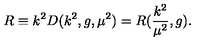
R \equiv k ^ { 2 } D ( k ^ { 2 } , g , { \mu } ^ { 2 } ) = R ( \frac { k ^ { 2 } } { { \mu } ^ { 2 } } , g ) .